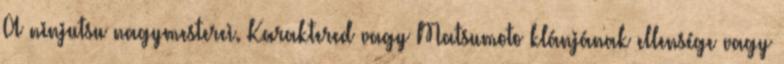
A ninjutsu nagymesterei. Karaktered vagy Matsumoto klánjának ellensége vagy